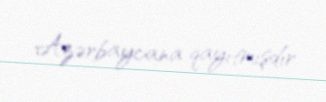
Azərbaycana qayıtmışdır.